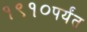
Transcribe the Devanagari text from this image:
१९१०पर्यंत